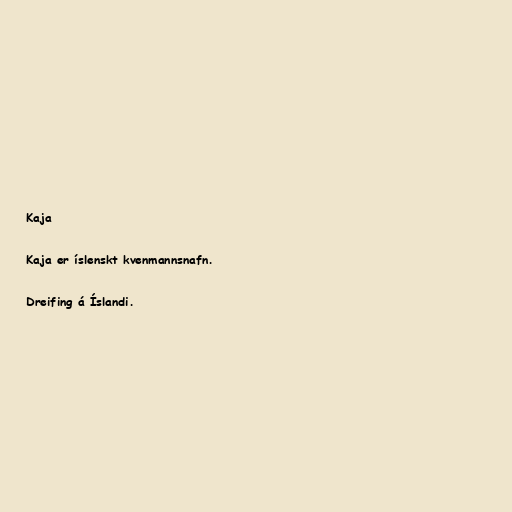
Kaja

Kaja er íslenskt kvenmannsnafn.

Dreifing á Íslandi.